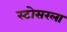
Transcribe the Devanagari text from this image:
स्टोसरला